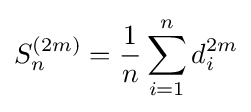
S_{n}^{(2m)}={\frac {1}{n}}\sum _{i=1}^{n}d_{i}^{2m}